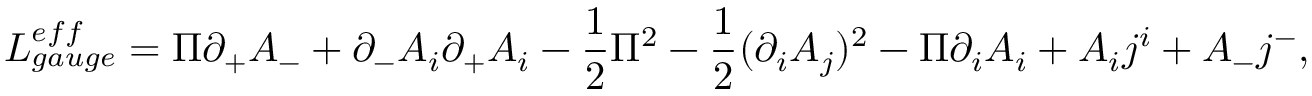
{ \cal L } _ { g a u g e } ^ { e f f } = \Pi \partial _ { + } A _ { - } + \partial _ { - } A _ { i } \partial _ { + } A _ { i } - \frac 1 2 \Pi ^ { 2 } - \frac 1 2 ( \partial _ { i } A _ { j } ) ^ { 2 } - \Pi \partial _ { i } A _ { i } + A _ { i } j ^ { i } + A _ { - } j ^ { - } ,